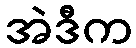
အဲဒီက